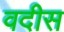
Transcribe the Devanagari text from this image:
वदीस